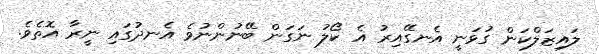
ލައިޒަލްކަން ގުޅަނީ އެނގޭއިރު އެ ކޯލު ނަގަން ބޭނުންނުވެ އެނދުގައި ނީރާ އޮތެވެ.